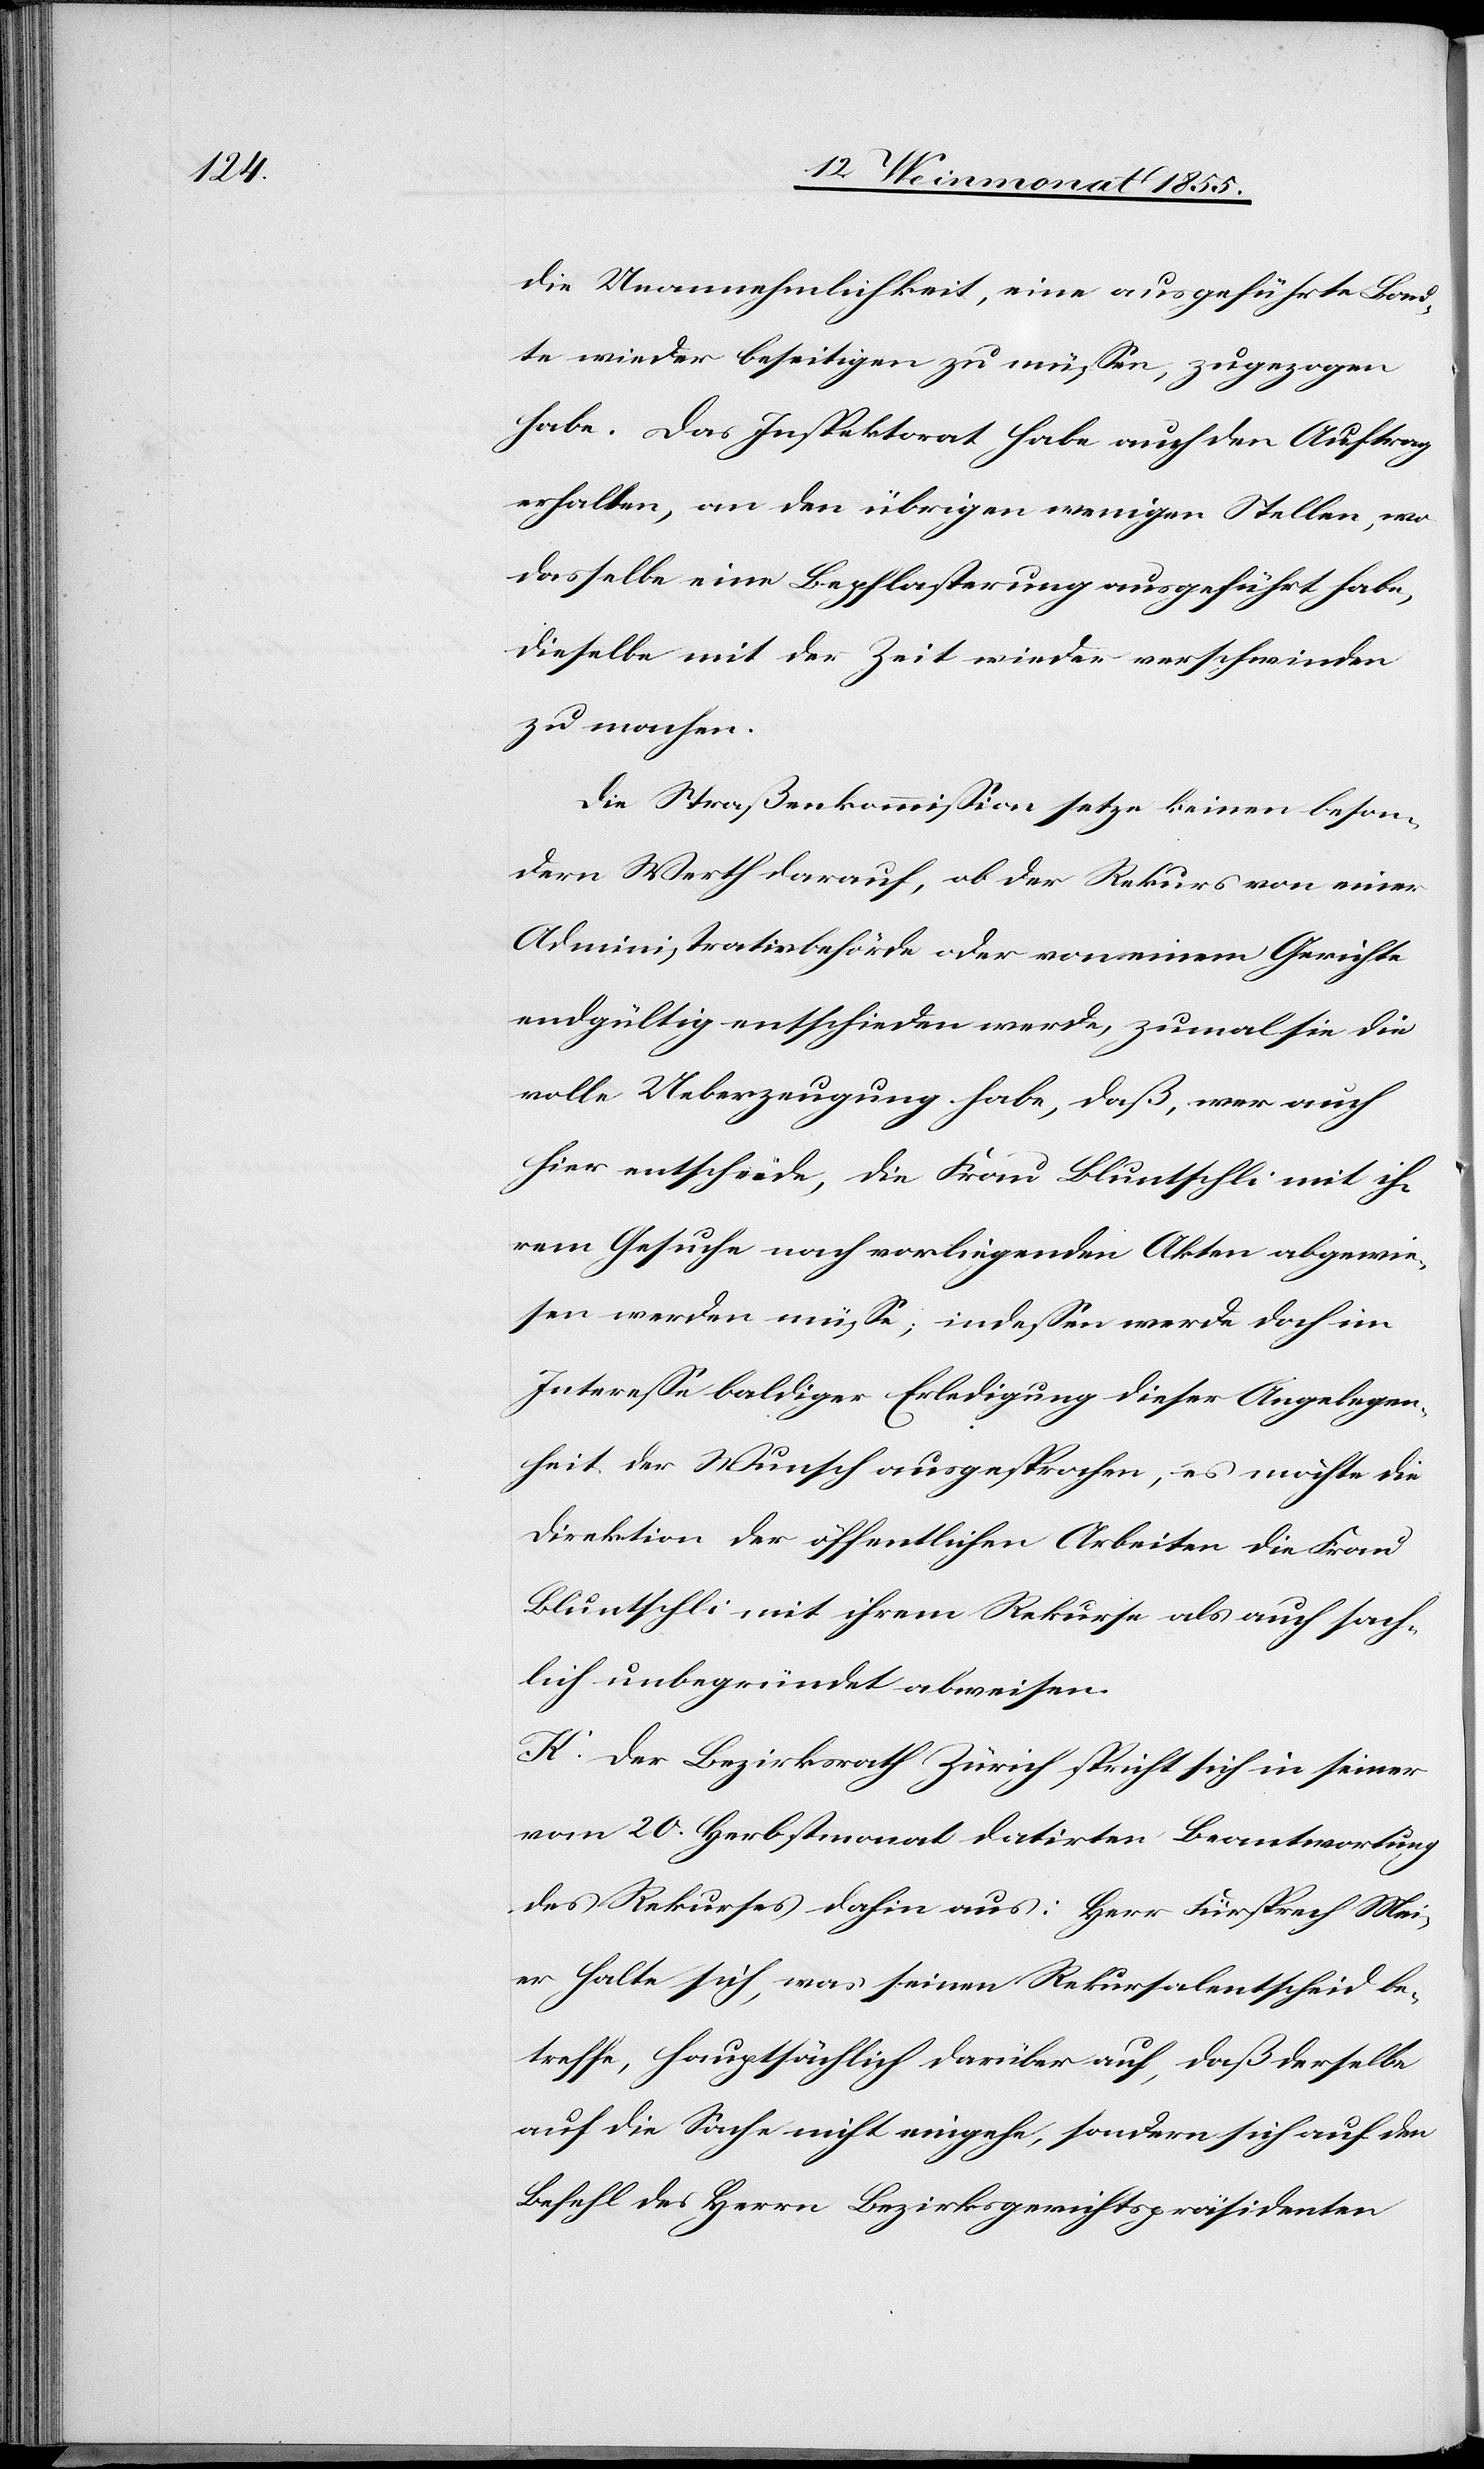
die Unannehmlichkeit, eine ausgeführte Bau¬
te wieder beseitigen zu müssen, zugezogen
habe. Das Inspektorat habe auch den Auftrag
erhalten, an den übrigen wenigen Stellen, wo
dasselbe eine Bepflasterung ausgeführt habe,
dieselbe mit der Zeit wieder verschwinden
zu machen.
Die Straßenkommission setze keinen beson¬
dern Werth darauf, ob der Rekurs von einer
Administrativbehörde oder von einem Gerichte
endgültig entschieden werde, zumal sie die
volle Ueberzeugung habe, daß, wer auch
hier entscheide, die Frau Bluntschli mit ih¬
rem Gesuche nach vorliegenden Akten abgewie¬
sen werden müsse; indessen werde doch im
Interesse baldiger Erledigung dieser Angelegen¬
heit der Wunsch ausgesprochen, es möchte die
Direktion der öffentlichen Arbeiten die Frau
Bluntschli mit ihrem Rekurse als auch sach¬
lich unbegründet abweisen.
K. Der Bezirksrath Zürich spricht sich in seiner
vom 20. Herbstmonat datirten Beantwortung
des Rekurses dahin aus: Herr Fürsprech Meier
halte sich, was seinen Rekursalentscheid be¬
treffe, hauptsächlich darüber auf, daß derselbe
auf die Sache nicht eingehe, sondern sich auf den
Befehl des Herrn Bezirksgerichtspräsidenten